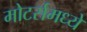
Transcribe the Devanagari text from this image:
मोटर्समध्ये